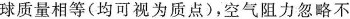
球质量相等(均可视为质点)，空气阻力忽略不